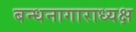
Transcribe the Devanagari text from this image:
बन्धनागाराध्यक्ष